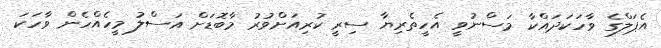
އެޕަލްގެ ވާހަކަދައްކާ މަސްނުވީ އެހީތެރިޔާ ސިރީ ކުރިއަށްވުރު މާބޮޑަށް އަސްލު މީހެއްހެން ވާހަކަ